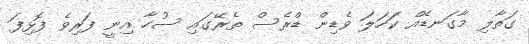
ގަތާލި މާގަނޑެއް ކަހަލަ ވެޑިން ޑްރެސް ތެރޭގައި ސުހާ އިނީ ފަރިވެ ފޮޅިފަ